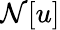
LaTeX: {\mathcal N}[u]